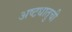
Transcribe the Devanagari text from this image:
अष्टधातुची